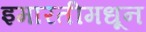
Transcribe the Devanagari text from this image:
इमारतीमधून